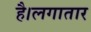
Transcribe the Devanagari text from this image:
है।लगातार